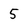
Character: 5